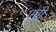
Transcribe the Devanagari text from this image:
एव़्री